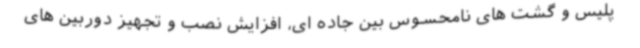
پلیس و گشت های نامحسوس بین جاده ای، افزایش نصب و تجهیز دوربین های